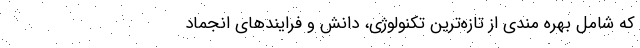
که شامل بهره مندی از تازه‌ترین تکنولوژی، دانش و فرایند‌های انجماد